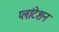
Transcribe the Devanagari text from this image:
प्लांटेशन